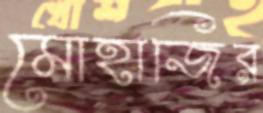
মোহাজির